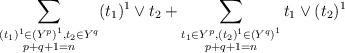
LaTeX: \begin{align*}\sum_{\substack{(t_1)^1\in \left(Y^p\right)^1, t_2\in Y^q\\p+q+1=n}}(t_1)^1 \vee t_2 +\sum_{\substack{t_1\in Y^p, (t_2)^1\in \left(Y^q\right)^1\\p+q+1=n}} t_1\vee (t_2)^1\end{align*}